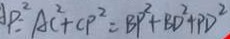
A P ^ { 2 } = A C ^ { 2 } + C P ^ { 2 } = B P ^ { 2 } + B D ^ { 2 } + P D ^ { 2 }